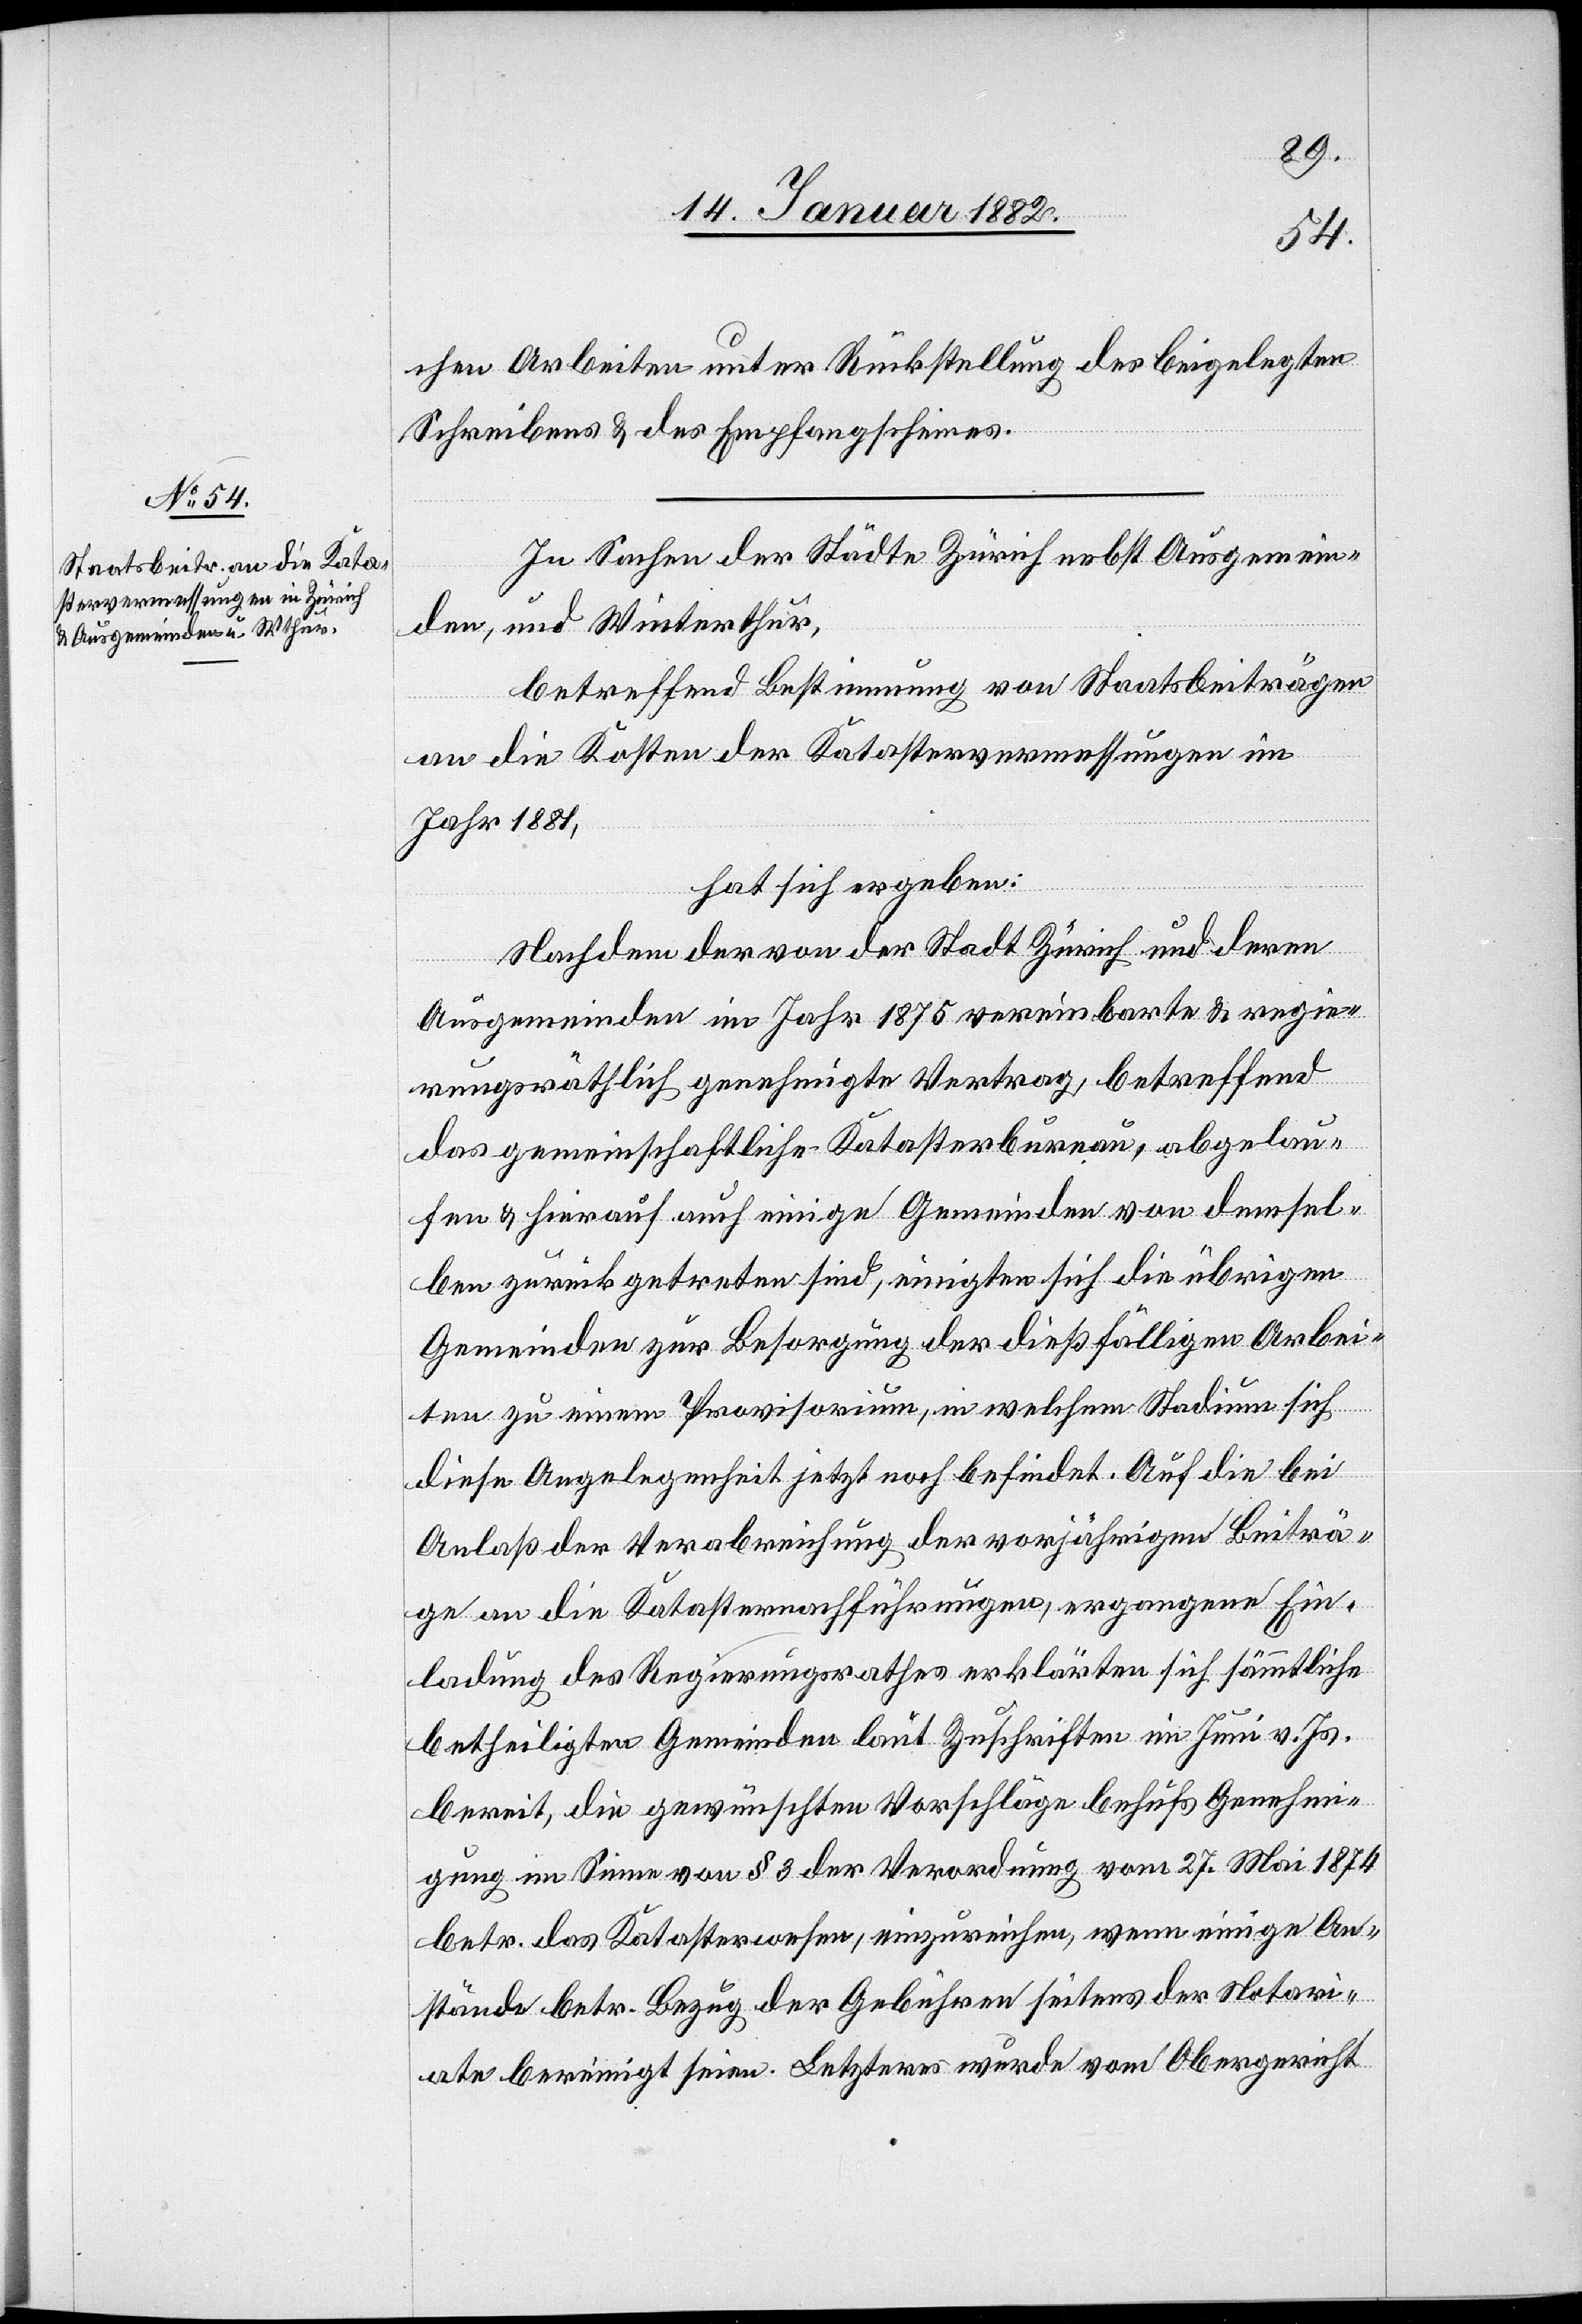
chen Arbeiten unter Rückstellung des beigelegten
Schreibens & des Empfangscheines.
In Sachen der Städte Zürich nebst Ausgemein¬
den, und Winterthur,
betreffend Bestimmung von Staatsbeiträge
an die Kosten der Katastervermessungen im
Jahr 1881,
hat sich ergeben:
Nachdem der von der Stadt Zürich und deren
Ausgemeinden im Jahr 1875 vereinbarten & regie¬
rungsräthlich genehmigten Vertrag, betreffend
das gemeinschaftliche Katasterbureau, abgelau¬
fen & hierauf auch einige Gemeinden von demsel¬
ben zurückgetreten sind, einigten sich die übrigen
Gemeinden zur Besorgung der dießfälligen Arbei¬
ten zu einem Provisorium, in welchem Stadium sich
diese Angelegenheit jetzt noch befindet. Auf die bei
Anlaß der Verabreichung der vorjährigen Beiträ¬
ge an die Katasternachführungen, ergangenen Ein¬
ladung des Regierungsrathes erklärten sich sämmtliche
betheiligten Gemeinden laut Zuschriften im Juni v. Js.
bereit, die gewünschten Vorschläge behufs Genehmi¬
gung im Sinne von § 3 der Verordnung vom 27. Mai 1874
betr. das Katasterwesen, einzureichen, wenn einige An¬
stände betr. Bezug der Gebühren seitens der Notari¬
ate bereinigt seien. Letzteres wurde vom Obergericht